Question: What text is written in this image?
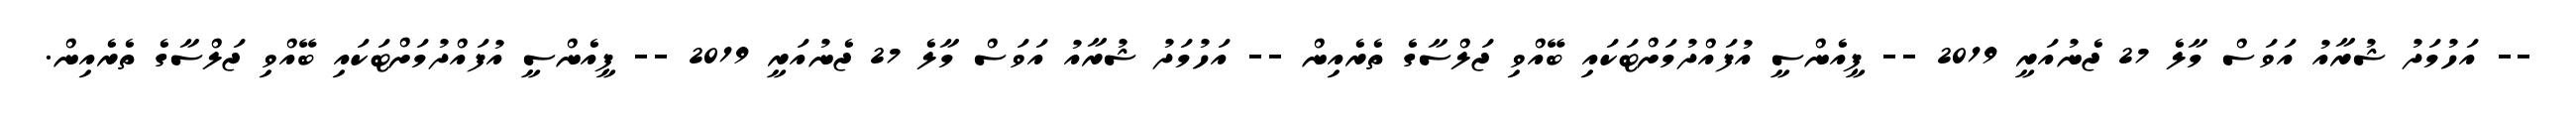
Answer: -- އަހުމަދު ޝުރާއު އަވަސް މާލެ 27 ޖެނުއަރީ 2019 -- ޕީއެންސީ އުފައްދުމަށްޓަކައި ބޭއްވި ޖަލްސާގެ ތެރެއިން -- އަހުމަދު ޝުރާއު އަވަސް މާލެ 27 ޖެނުއަރީ 2019 -- ޕީއެންސީ އުފައްދުމަށްޓަކައި ބޭއްވި ޖަލްސާގެ ތެރެއިން.